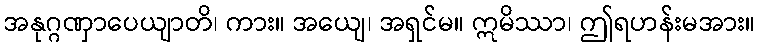
အနုဂ္ဂဏှာပေယျာတိ၊ ကား။ အယျေ၊ အရှင်မ။ ဣမိဿာ၊ ဤရဟန်းမအား။